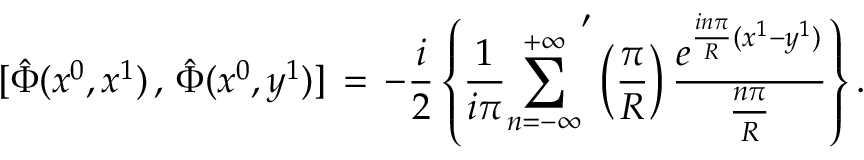
\mathrm { } [ \hat { \Phi } ( x ^ { 0 } , x ^ { 1 } ) \, , \, \hat { \Phi } ( x ^ { 0 } , y ^ { 1 } ) ] \, = \, - \frac { i } { 2 } \left\{ \frac { 1 } { i \pi } { \sum _ { n = - \infty } ^ { + \infty } } ^ { \prime } \left( \frac { \pi } { R } \right) \frac { e ^ { \frac { i n \pi } { R } ( x ^ { 1 } - y ^ { 1 } ) } } { \frac { n \pi } { R } } \right\} .